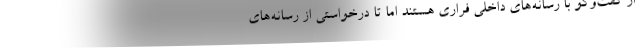
از گفت‌وگو با رسانه‌های داخلی فراری هستند اما تا درخواستی از رسانه‌های